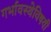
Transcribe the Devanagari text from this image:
गर्भावस्थेविषयी